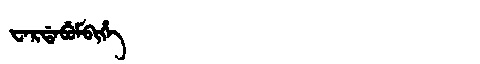
Manchu: ᠸᠠᡵᡩᠠᠪᡠᠮᠪᡳᡥᡝ
Romanization: WARDABUMBIHE